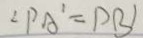
\angle P A ^ { \prime } = P B )